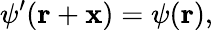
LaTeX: \psi^{\prime}(\mathbf{r}+\mathbf{x})=\psi(\mathbf{r}),